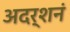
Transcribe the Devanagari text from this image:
अदर्शनं